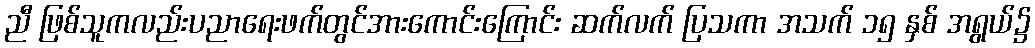
ညီ ဖြစ်သူကလည်းပညာရေးဖက်တွင်အားကောင်းကြောင်း ဆက်လက် ပြသကာ အသက် ၁၅ နှစ် အရွယ်၌